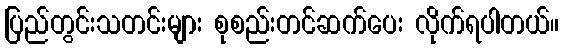
ပြည်တွင်းသတင်းများ စုစည်းတင်ဆက်ပေး လိုက်ရပါတယ်။